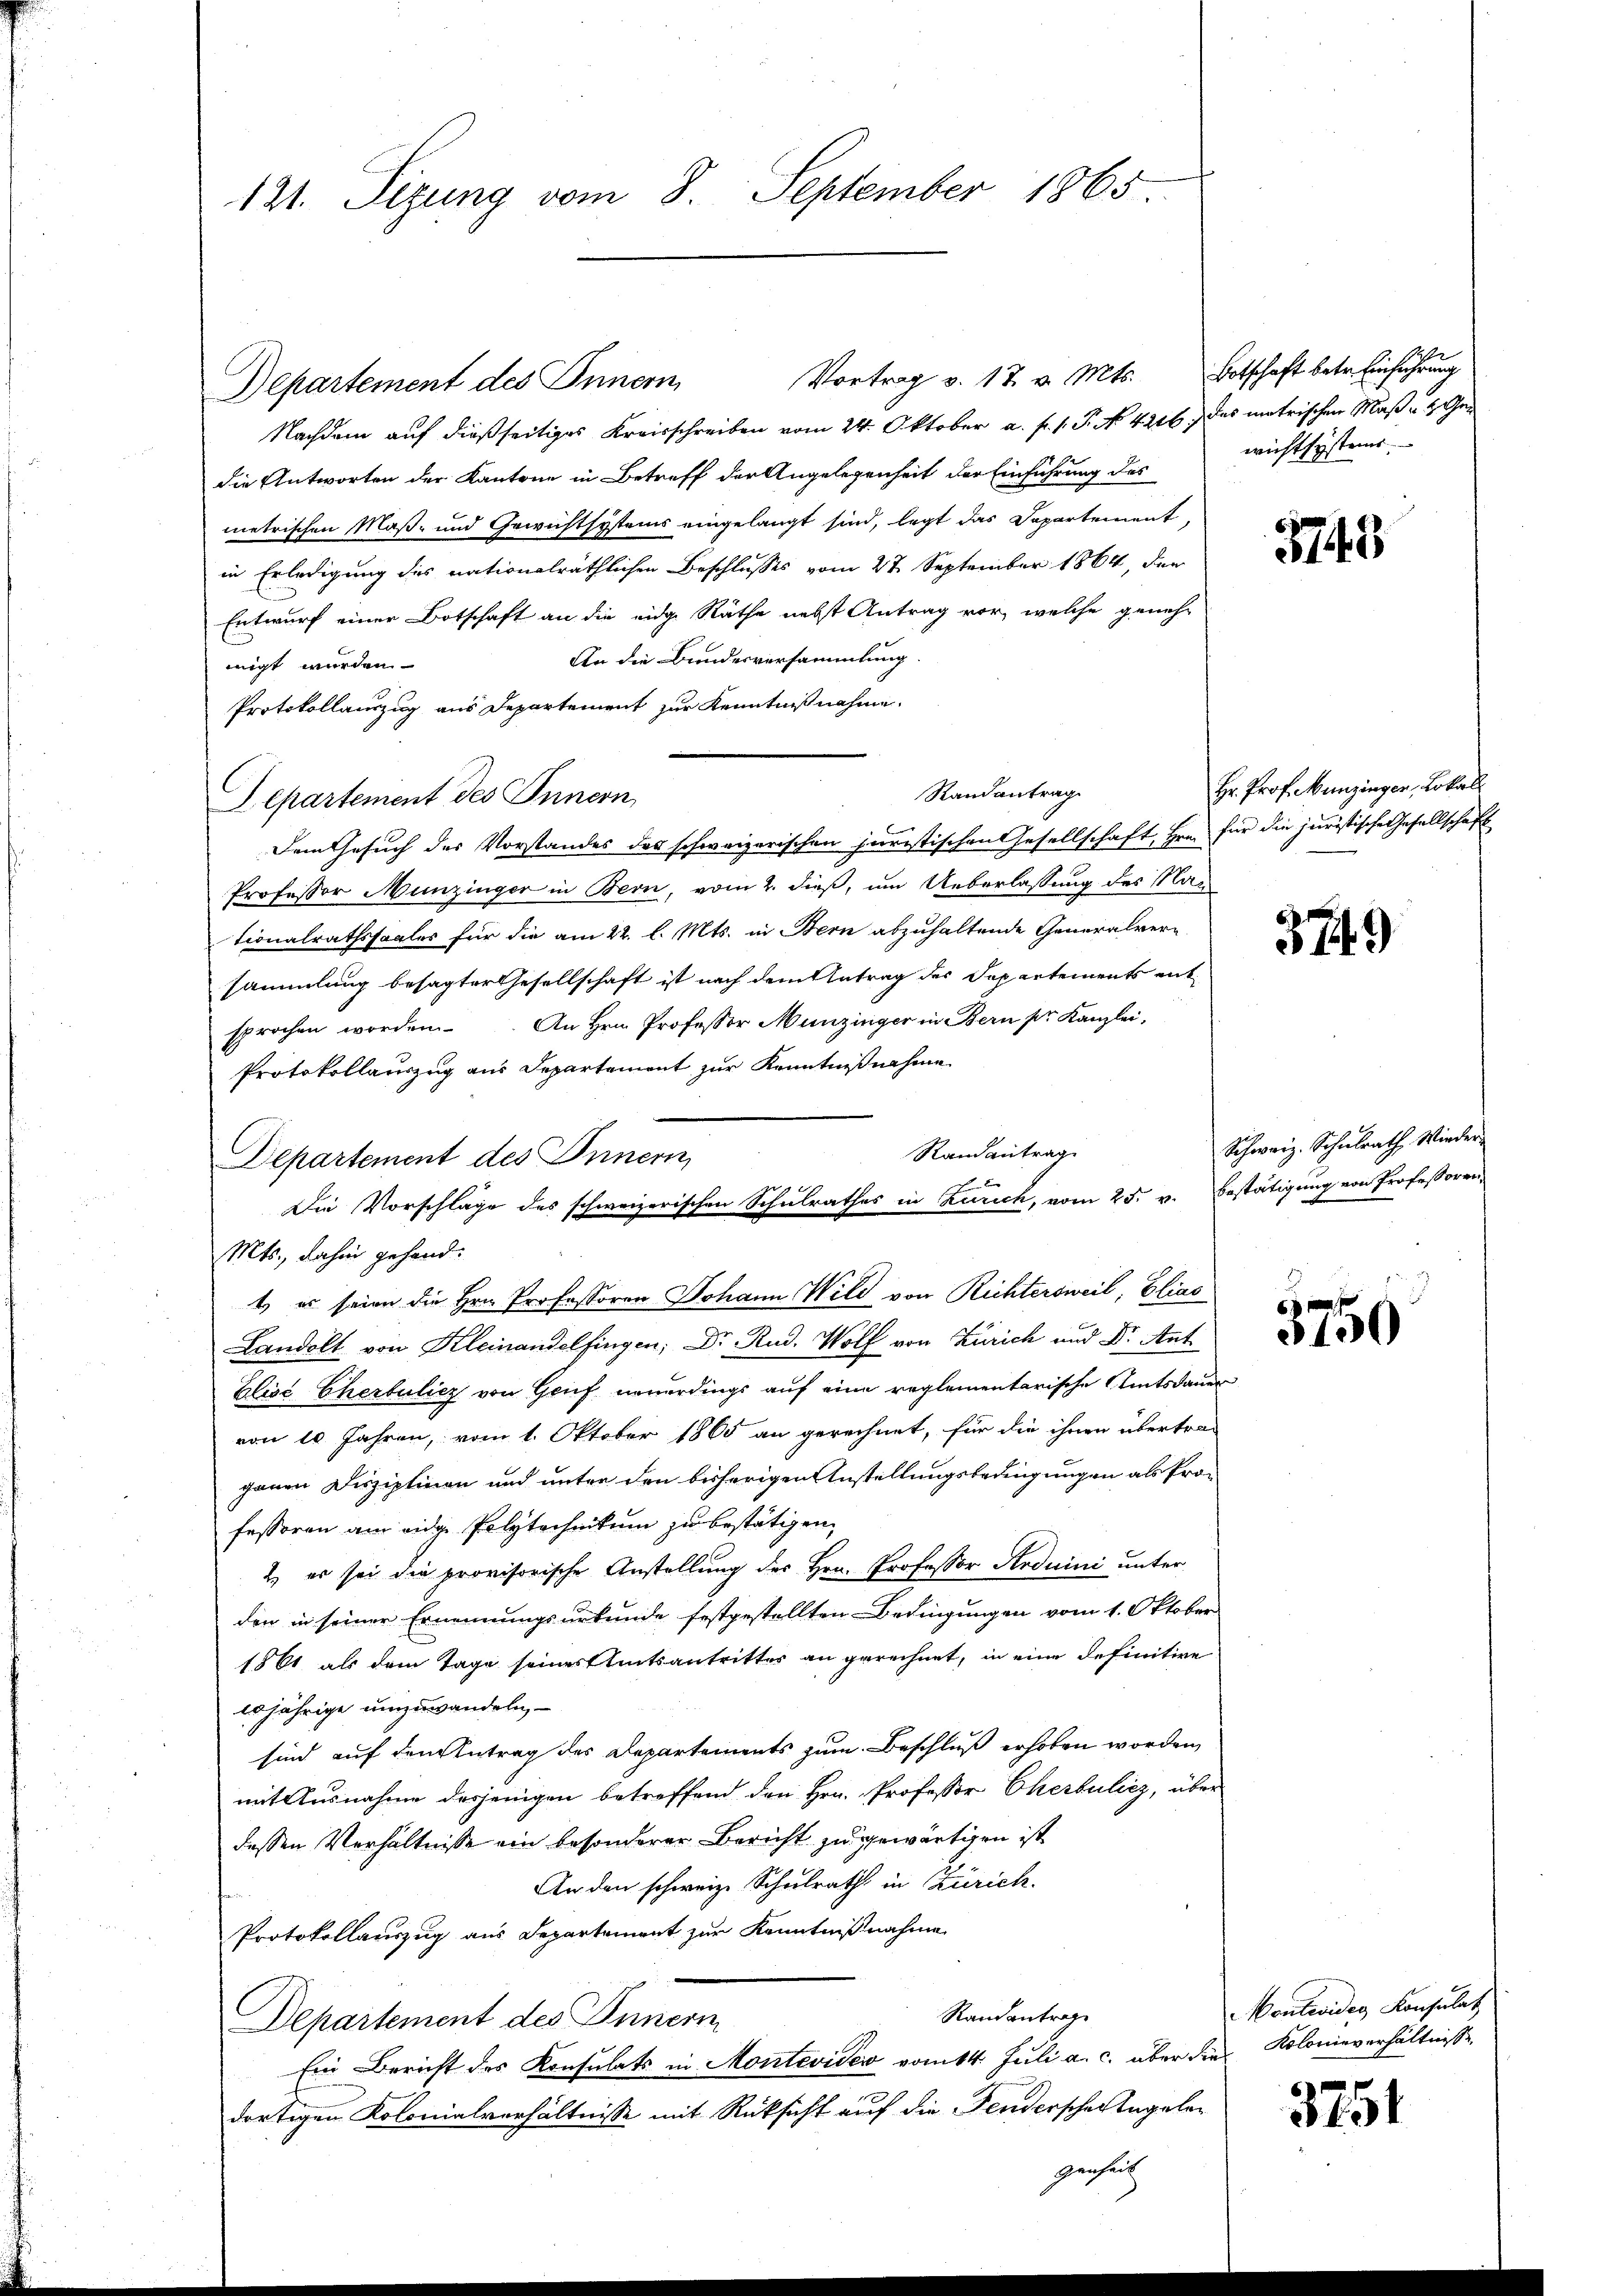
121. Sizung vom 8. September 1865

Vortrag v. 17. v. Mts. Botschaft betr. Einführung
Departement des Innern,
Nachdem auf dießseitiges Kreisschreiben vom 24. Oktober a. f. 1. P. No. 4216.) Das matrischen Maße 4. Gen
die Antworten der Kantone in Betreff der Angelegenheit der Einführung des
metrischen Maß- und Gewichtsystems eingelangt sind, legt das Departement,
in Erledigung des nationalräthlichen Beschlusses vom 27. September 1864, der
Entwurf einer Botschaft an die eidg. Räthe nebst Antrag vor, welche geneh¬
An die Bundesversammlung.
nigt wurden
Protokollauszug aus Departement zur Kenntnißnahme.
Randantrag
Lepartement des Innern,
Dem Gesuch des Vorstandes des schweizerischen juristischen Gesellschaft, Hrn. für die juristische Gesellschaft
Professor Munzinger in Bern, vom 2. dieß, um Ueberlassung des Nationalrathssaales für die am 22. l. Mts. in Bern abzuhaltende Generalversammlung besagter Gesellschaft ist nach dem Antrag des Departements ent
sprochen worden. An Hrn. Professor Munzinger in Bern pr. Kanzlei,
Protokollauszug aus Departement zur Kenntnißnahme
Departement des Innern,
Mts., dahin gehandt es seine die Hrn. Professoren Johann Wild von Richtersweil, Elias
Landolt von Kleinandelfingen; Dr. Rud. Wolf von Zürich und Dr. Ant.
Elise Cherbulicz von Genf neuerdings auf eine reglementarische Amtsdauer
von 10 Jahren, vom 1. Oktober 1865 an gerechnet, für die ihnen übertra-
ganen Disziplinen und unter den bisherigen Anstellungsbedingungen als Professoren am eidge Polytechnikum zu bestätigen,
2.) es sei die provisorische Anstellung des Hrn. Professor Anduini unter
den in seiner Ernennungsurkunde festgestellten Bedingungen vom 1. Oktober
1861 als dem Tage seines Amtsantrittes an gerechnet, in eine definitive
20jährige umzuwandeln,
sind auf den Antrag des Departements zum Beschluß erhoben worden,
mit Ausnahme desjenigen betreffend den Hrn. Professor Cherbulicz, über
dessen Verhältnisse ein besonderer Bericht zu gewärtigen ist
An den schweize Schulrath in Zürich.
Protokollauszug aus Departement zur Kenntnißnahme
Randantrage
Departement des Innern
Ein Bericht des Konsulats in Montevides vom 14. Juli a. c. über die Kolonieverhältnisse
dortigen Kolonialverhältnisse mit Rücksicht auf die Fendersche Angeleg

Randantrag
A
Die Vorschläge des schweizerischen Schulrathes in Zürich, vom 25. v. Bestätigung von Professoren

genh

c

wicht system

3743

Hr. Prof. Munzinger, Lokall

3749

Schweiz. Schulrath Wieder

6
3400

Montevides Konsulat

3751